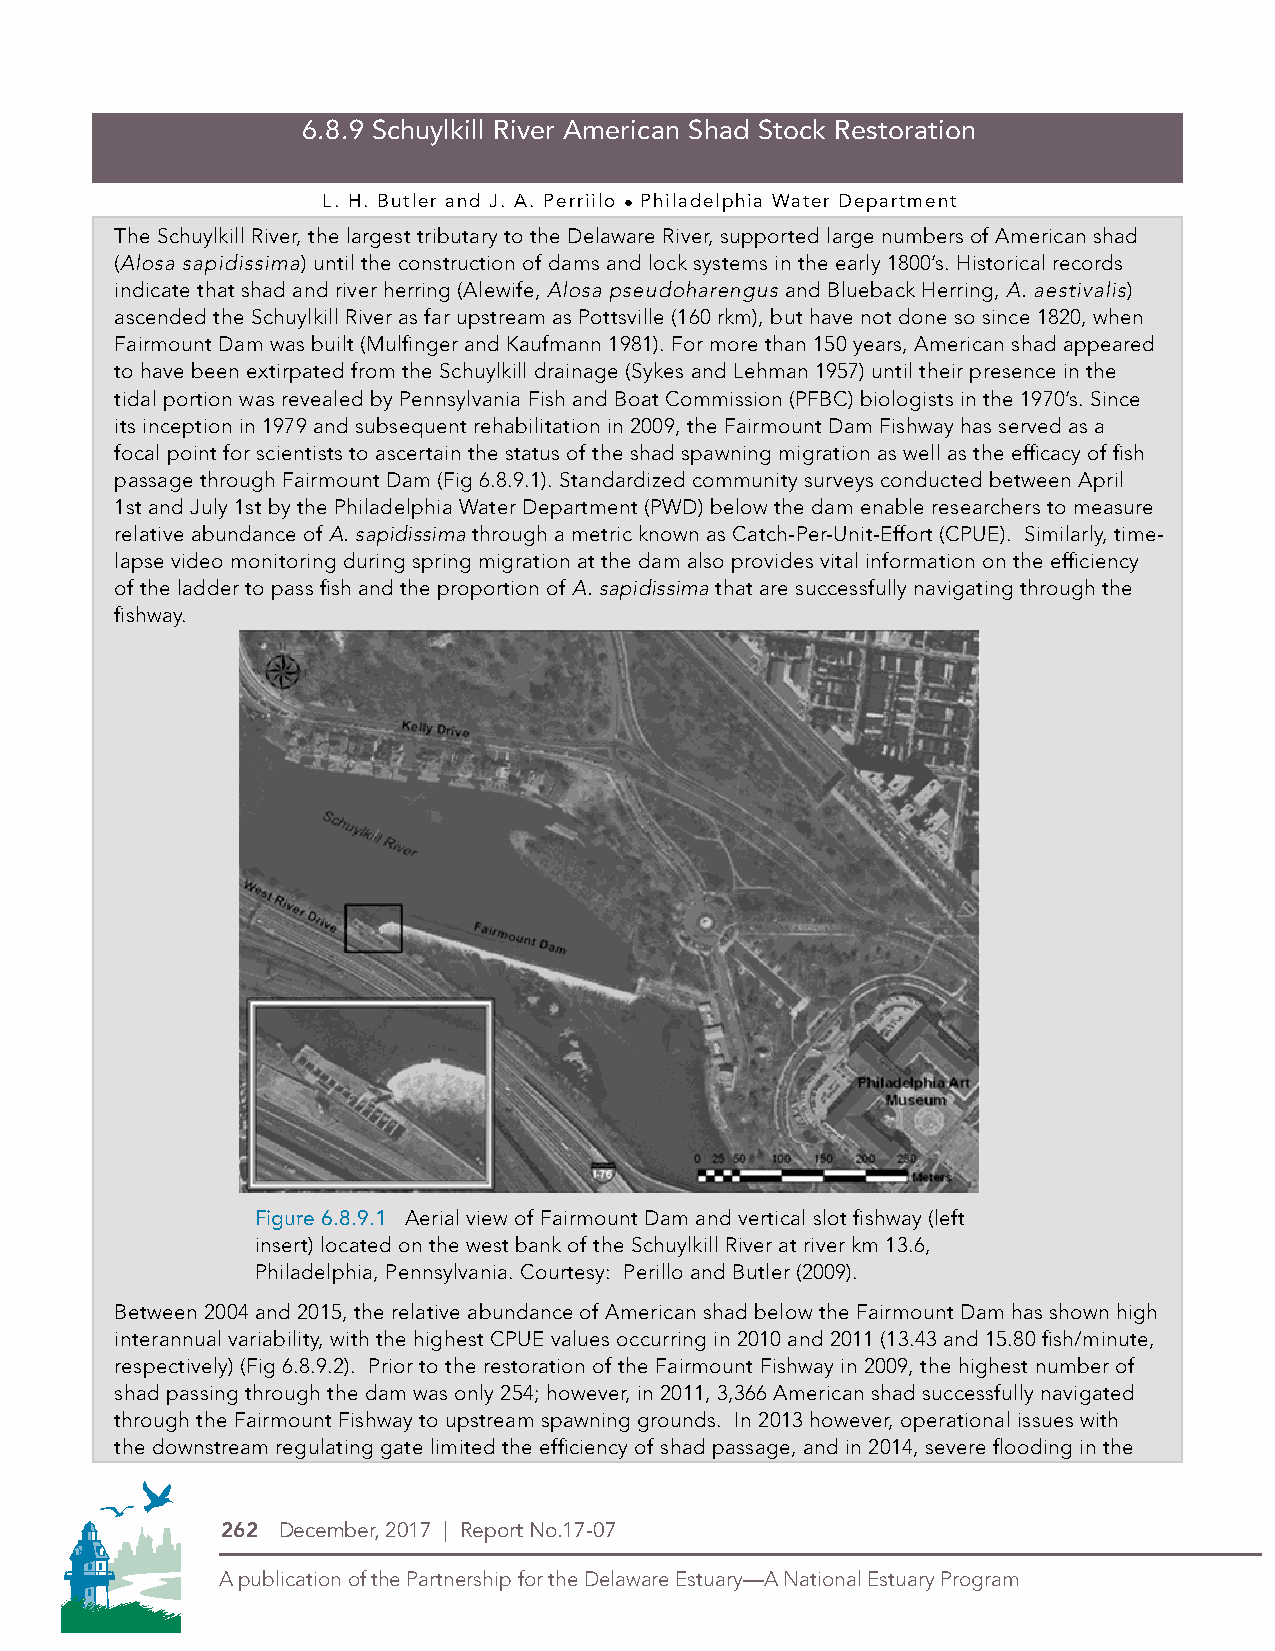
6.8.9 Schuylkill River American Shad Stock Restoration
 L. H. Butler and J. A. Perriilo ● Philadelphia Water Department
 The Schuylkill River, the largest tributary to the Delaware River, supported large numbers of American shad
 (Alosa sapidissima) until the construction of dams and lock systems in the early 1800’s. Historical records
 indicate that shad and river herring (Alewife, Alosa pseudoharengus and Blueback Herring, A. aestivalis)
 ascended the Schuylkill River as far upstream as Pottsville (160 rkm), but have not done so since 1820, when
 Fairmount Dam was built (Mulfinger and Kaufmann 1981). For more than 150 years, American shad appeared
 to have been extirpated from the Schuylkill drainage (Sykes and Lehman 1957) until their presence in the
 tidal portion was revealed by Pennsylvania Fish and Boat Commission (PFBC) biologists in the 1970’s. Since
 its inception in 1979 and subsequent rehabilitation in 2009, the Fairmount Dam Fishway has served as a
 focal point for scientists to ascertain the status of the shad spawning migration as well as the efficacy of fish
 passage through Fairmount Dam (Fig 6.8.9.1). Standardized community surveys conducted between April
 1st and July 1st by the Philadelphia Water Department (PWD) below the dam enable researchers to measure
 relative abundance of A. sapidissima through a metric known as Catch-Per-Unit-Effort (CPUE). Similarly, time-
 lapse video monitoring during spring migration at the dam also provides vital information on the efficiency
 of the ladder to pass fish and the proportion of A. sapidissima that are successfully navigating through the
 fishway.
 Figure 6.8.9.1 Aerial view of Fairmount Dam and vertical slot fishway (left
 insert) located on the west bank of the Schuylkill River at river km 13.6,
 Philadelphia, Pennsylvania. Courtesy: Perillo and Butler (2009).
 Between 2004 and 2015, the relative abundance of American shad below the Fairmount Dam has shown high
 interannual variability, with the highest CPUE values occurring in 2010 and 2011 (13.43 and 15.80 fish/minute,
 respectively) (Fig 6.8.9.2). Prior to the restoration of the Fairmount Fishway in 2009, the highest number of
 shad passing through the dam was only 254; however, in 2011, 3,366 American shad successfully navigated
 PDE Logos in 4-Color Process (CMYK)
 through the Fairmount Fishway to upstream spawning grounds. In 2013 however, operational issues with
 the downstream regulating gate limited the efficiency of shad passage, and in 2014, severe flooding in the
 THIS IS THE NEW LOGO
 262 December, 2017 | Report No.17-07
 A publication of the Partnership for the Delaware Estuary—A National Estuary Program
 Symbol Alone
 Logo with stacked type
 Type Alone